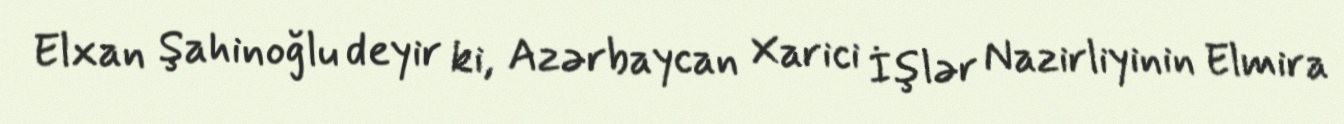
Elxan Şahinoğlu deyir ki, Azərbaycan Xarici İşlər Nazirliyinin Elmira